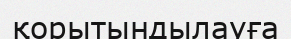
қорытындылауға